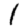
Digit: 1